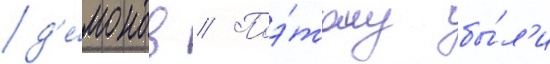
д'е́монов // Поэ́тому бы́л'и